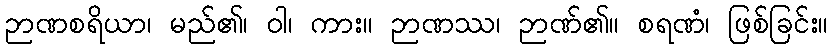
ဉာဏစရိယာ၊ မည်၏၊ ဝါ၊ ကား။ ဉာဏဿ၊ ဉာဏ်၏။ စရဏံ၊ ဖြစ်ခြင်း။